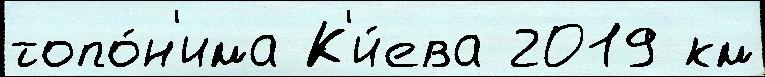
топо́н'има К'и́ева 2019 км